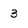
Character: 3